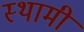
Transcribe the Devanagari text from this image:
स्थामी